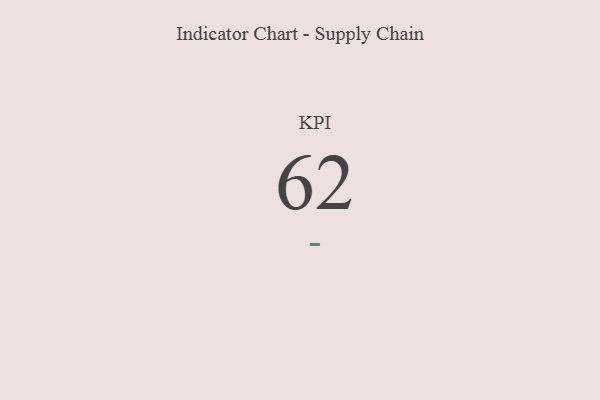
{"axis": {"x": "KPI", "y": "Value"}, "legend": [""], "data": [{"x": "KPI", "y": 62, "type": ""}]}